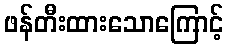
ဖန်တီးထားသောကြောင့်